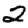
Digit: 2